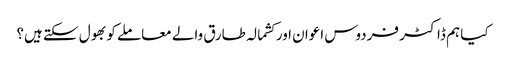
کیا ہم ڈاکٹر فردوس اعوان اور کشمالہ طارق والے معاملے کو بھول سکتے ہیں؟